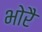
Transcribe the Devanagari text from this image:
भोरै